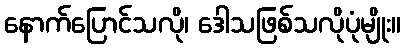
နောက်ပြောင်သလို၊ ဒေါသဖြစ်သလိုပုံမျိုး။